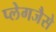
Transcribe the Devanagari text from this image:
प्लेगजैसे